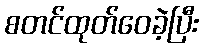
စတင်ထုတ်ဝေခဲ့ပြီး